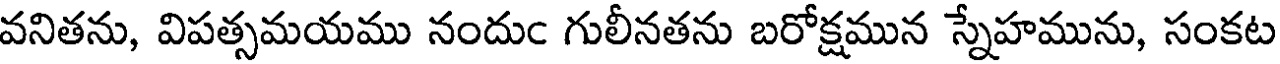
వనితను, విపత్సమయము నందుం గులీనతను బరోక్షమున స్నేహమును, సంకట